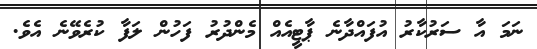
ނަމަ އާ ސަރުކާރު އުފައްދާނެ ޕާޓީއެއް މެންދުރު ފަހުން ލަފާ ކުރެވޭނެ އެވެ.